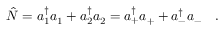
\hat { N } = a _ { 1 } ^ { \dagger } a _ { 1 } + a _ { 2 } ^ { \dagger } a _ { 2 } = a _ { + } ^ { \dagger } a _ { + } + a _ { - } ^ { \dagger } a _ { - } \ \ \ .